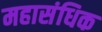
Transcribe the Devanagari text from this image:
महासंधिक